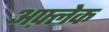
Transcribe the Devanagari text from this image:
अफ़्लेक